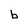
Character: b